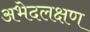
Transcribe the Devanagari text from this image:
अभेदलक्षण